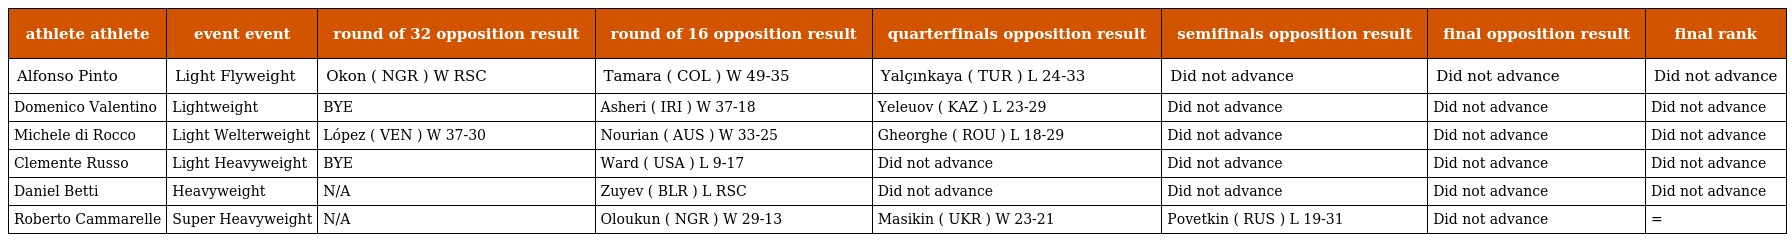
| athlete athlete | event event | round of 32 opposition result | round of 16 opposition result | quarterfinals opposition result | semifinals opposition result | final opposition result | final rank |
 | --- | --- | --- | --- | --- | --- | --- | --- |
 | Alfonso Pinto | Light Flyweight | Okon ( NGR ) W RSC | Tamara ( COL ) W 49-35 | Yalçınkaya ( TUR ) L 24-33 | Did not advance | Did not advance | Did not advance |
 | Domenico Valentino | Lightweight | BYE | Asheri ( IRI ) W 37-18 | Yeleuov ( KAZ ) L 23-29 | Did not advance | Did not advance | Did not advance |
 | Michele di Rocco | Light Welterweight | López ( VEN ) W 37-30 | Nourian ( AUS ) W 33-25 | Gheorghe ( ROU ) L 18-29 | Did not advance | Did not advance | Did not advance |
 | Clemente Russo | Light Heavyweight | BYE | Ward ( USA ) L 9-17 | Did not advance | Did not advance | Did not advance | Did not advance |
 | Daniel Betti | Heavyweight | N/A | Zuyev ( BLR ) L RSC | Did not advance | Did not advance | Did not advance | Did not advance |
 | Roberto Cammarelle | Super Heavyweight | N/A | Oloukun ( NGR ) W 29-13 | Masikin ( UKR ) W 23-21 | Povetkin ( RUS ) L 19-31 | Did not advance | = |